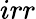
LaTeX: irr